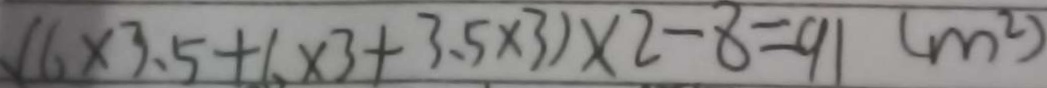
( 6 \times 3 . 5 + 6 \times 3 + 3 . 5 \times 3 ) \times 2 - 8 = 9 1 ( m ^ { 2 } )